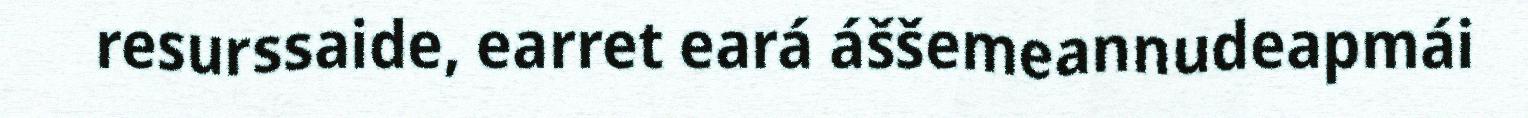
resurssaide, earret eará áššemeannudeapmái